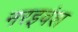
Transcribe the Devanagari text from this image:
नरइवंश